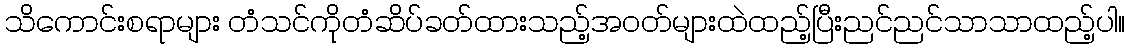
သိကောင်းစရာများ တံသင်ကိုတံဆိပ်ခတ်ထားသည့်အဝတ်များထဲထည့်ပြီးညင်ညင်သာသာထည့်ပါ။